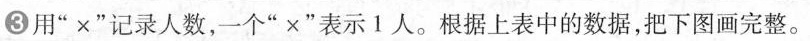
③用”×”记录人数，一个”×”表示1人。根据上表中的数据，把下图画完整。